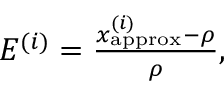
\begin{array} { r } { E ^ { ( i ) } = \frac { x _ { \mathrm { a p p r o x } } ^ { ( i ) } - \rho } { \rho } , } \end{array}